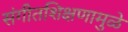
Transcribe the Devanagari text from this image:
संगीतशिक्षणामुळे